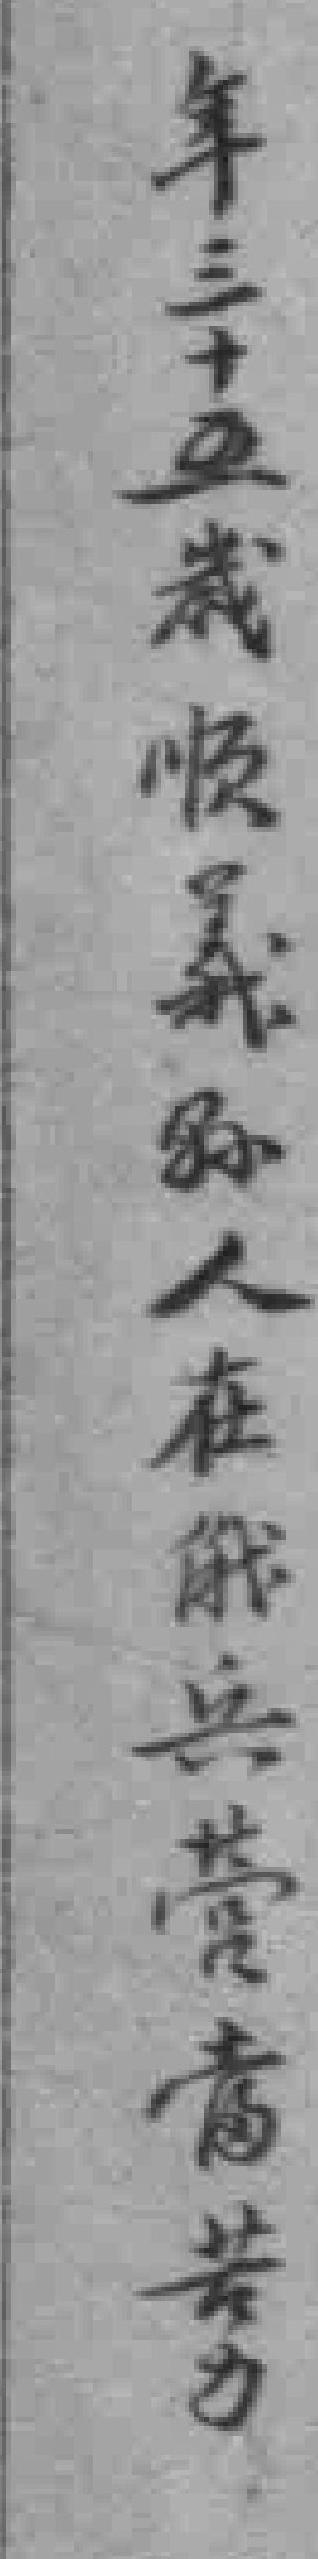
年三十五歲顺義縣人在俄兵营當苦力